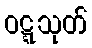
ဝဋ္ဋသုတ်